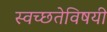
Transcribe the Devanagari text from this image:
स्वच्छतेविषयी